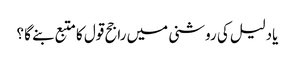
یادلیل کی روشنی میں راجح قول کا متبع بنے گا ؟